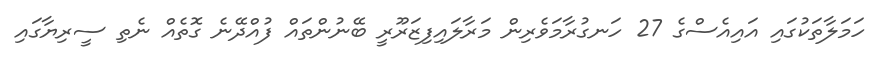
ހަމަލާތަކުގައި އައިއެސްގެ 27 ހަނގުރާމަވެރިން މަރާލައިފިޒަރޫރީ ބޭނުންތައް ފުއްދޭނެ ގޮތެއް ނެތި ސީރިޔާގައި